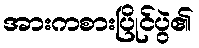
အားကစားပြိုင်ပွဲ၏